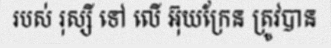
របស់ រុស្សី ទៅ លើ អ៊ុយក្រែន ត្រូវបាន